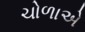
ચોળાએ